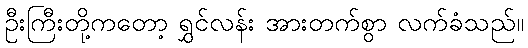
ဦးကြီးတို့ကတော့ ရွှင်လန်း အားတက်စွာ လက်ခံသည်။